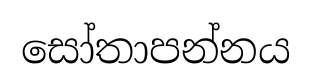
සෝතාපන්නය